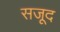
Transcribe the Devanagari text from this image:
सजूद